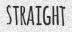
STRAIGHT